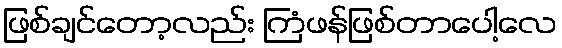
ဖြစ်ချင်တော့လည်း ကြံဖန်ဖြစ်တာပေါ့လေ